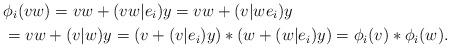
LaTeX: \begin{align*} &\phi_i(vw)=vw+(vw|e_i)y=vw+(v|we_i)y \\&=vw+(v|w)y=(v+(v|e_i)y)*(w+(w|e_i)y)=\phi_i(v)*\phi_i(w).\end{align*}